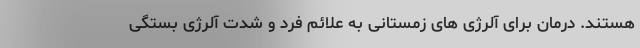
هستند. درمان برای آلرژی های زمستانی به علائم فرد و شدت آلرژی بستگی